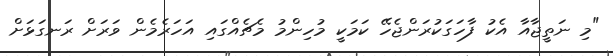
"މި ނަތީޖާއާ އެކު ފާހަގަކުރަންޖެހޭ ކަމަކީ މުހިންމު މެޗެއްގައި އަހަރެމެން ވަރަށް ރަނގަޅަށް